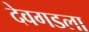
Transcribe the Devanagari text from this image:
देवगडला